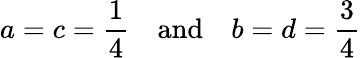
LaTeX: a=c={\frac{1}{4}}\quad\mathrm{and}\quad b=d={\frac{3}{4}}